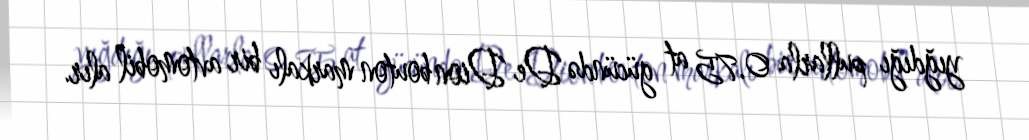
yığdığı pullarla 0.75 at gücündə De Dion bouton markalı bir avtomobil alır.